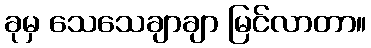
ခုမှ သေသေချာချာ မြင်လာတာ။